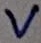
Text: V